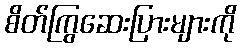
စိတ်ကြွဆေးပြားများကို